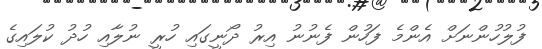
ފުލުހުންނަށް އެންމެ ފަހުން ފެނުނު އިރު ދޯނީގައި ހުރީ ނުލާއި ހުދު ކުލައިގެ